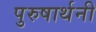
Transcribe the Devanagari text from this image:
पुरुषार्थनी